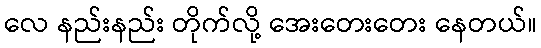
လေ နည်းနည်း တိုက်လို့ အေးတေးတေး နေတယ်။